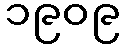
၁၉၀၉